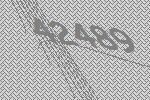
42489